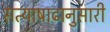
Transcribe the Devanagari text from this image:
सत्याषाढानुसारी